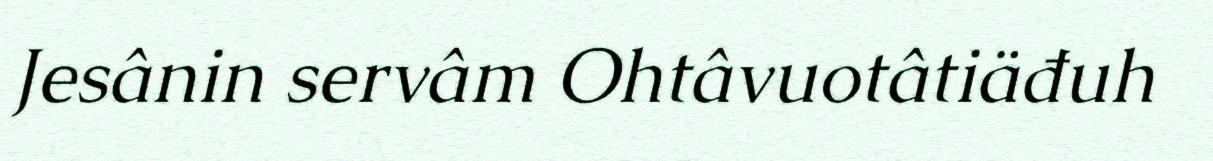
Jesânin servâm Ohtâvuotâtiäđuh